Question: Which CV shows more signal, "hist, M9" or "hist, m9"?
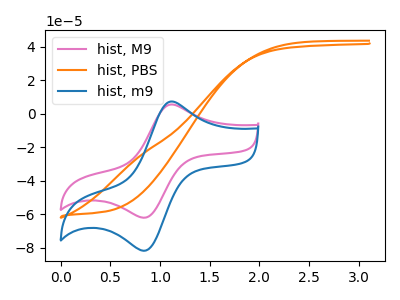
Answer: <think>The pink curve "hist, M9" has an anodic peak at (1.10V, 5.50uA) and a cathodic peak at (0.85V, -62.00uA). The orange curve "hist, PBS" has no peaks. The blue curve "hist, m9" has an anodic peak at (1.10V, 7.25uA) and a cathodic peak at (0.85V, -81.70uA).
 All the peaks in "hist, M9" have a peak in "hist, m9" at the same potential. Every peak in "hist, M9" is lower than every peak in "hist, m9".</think>
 <answer>"hist, M9" has less signal than "hist, m9".</answer>
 <eval>less_signal</eval>